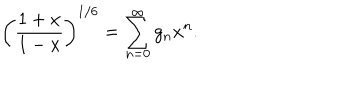
\biggl ( { \frac { 1 + x } { 1 - x } } \biggr ) ^ { 1 / 6 } = \sum _ { n = 0 } ^ { \infty } g _ { n } x ^ { n } .